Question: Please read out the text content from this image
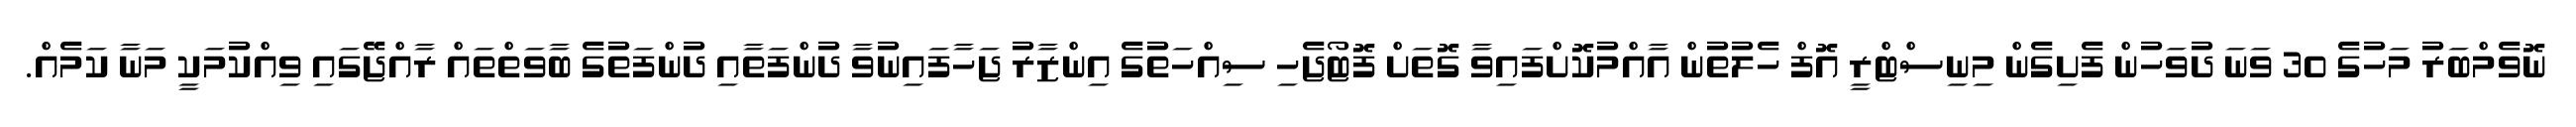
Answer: ނޮވެމްބަރު މަހުގެ 30 ވަނަ ދުވަހުން ފެށިގެން މިނިސްޓްރީ އޮފް ހެލުތުން އާއްމުކޮށްފައިވާ ގޮތަށް ފޮޓޯޖެހި ސިއްހަތުގެ އިންޒާރު ޖަހާފައިނުވާ ދުންފަތާއި ދުންފަތުގެ ބާވަތްތައް ރާއްޖޭގައި ވިއްކުމަކީ މަނާ ކަމެއް.